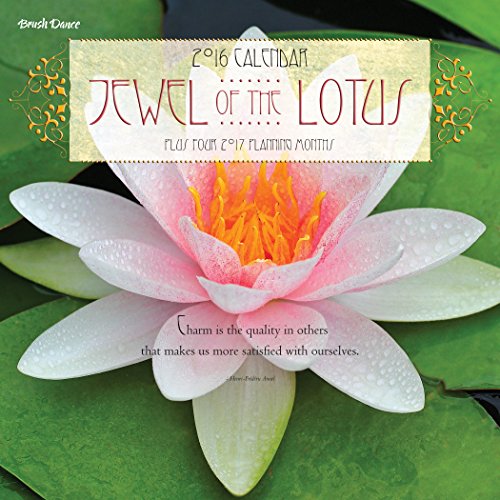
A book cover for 2016 Jewel of the Lotus Mini Calendar; Brush Dance; Calendars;